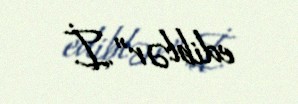
ediblər”.İ.